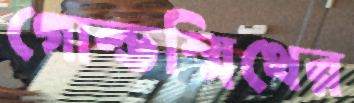
গোল্ডস্মিথের